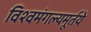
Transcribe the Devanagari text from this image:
विश्वमंगल्यमूर्तये